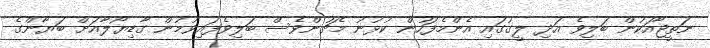
ނަތީޖާއަކުން ބަލިވެ އަދި ލީގުގައި އެންމެފަހުން ކުޅުނު މެޗުންވެސް ބަލިވެފައިވުމުން ގާޑިޔޯލާއަށް ބަޔާންގެ